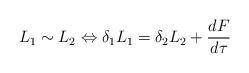
LaTeX: \begin{align*}L_1 \sim L_2 \Leftrightarrow \delta_1 L_1 = \delta_2 L_2 + \frac{dF}{d \tau}\end{align*}